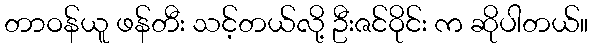
တာဝန်ယူ ဖန်တီး သင့်တယ်လို့ ဦးဇင်ဝိုင်း က ဆိုပါတယ်။